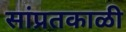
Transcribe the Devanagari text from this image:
सांप्रतकाळी